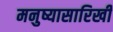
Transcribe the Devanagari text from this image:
मनुष्यासारिखी